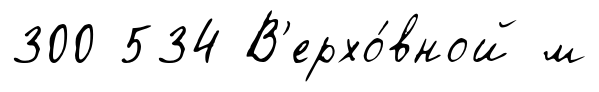
300 534 В'ерхо́вной м